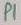
Text: P1